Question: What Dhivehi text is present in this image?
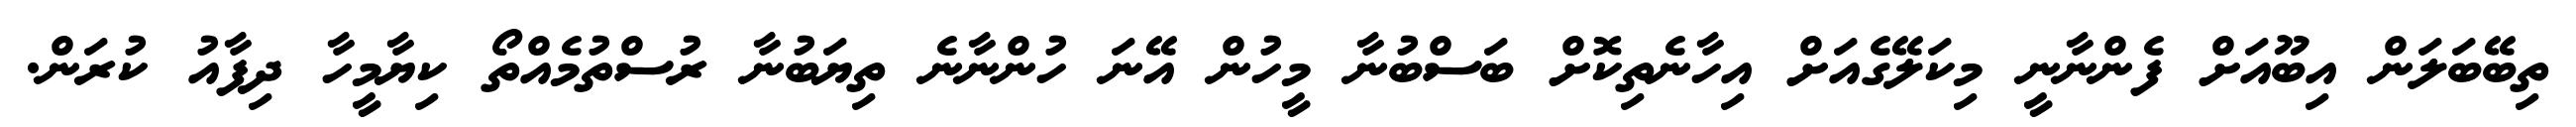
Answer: ތިބޭބަލަން އިބޫއަށް ފެންނާނީ މިކަލޭގެއަށް އިހާނެތިކޮށް ބަސްބުނާ މީހުން އޭނަ ހުންނާނެ ތިޔަބުނާ ރުސްތުމެއްތޯ ކިޔާމީހާ ދިފާއު ކުރަން.